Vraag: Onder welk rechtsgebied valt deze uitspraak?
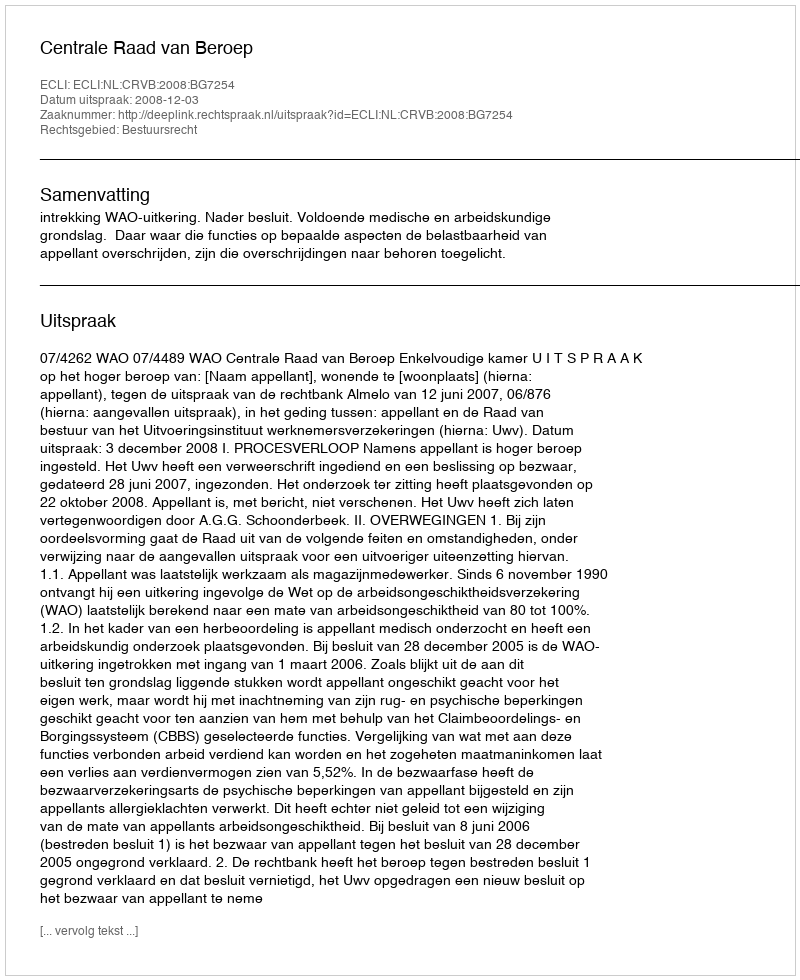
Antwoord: Bestuursrecht